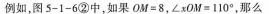
例如，图5-1-6②中，如果OM=8，ZxOM=110°，那么